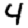
Digit: 4